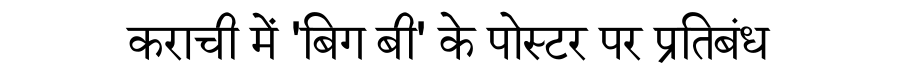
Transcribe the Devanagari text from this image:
कराची में 'बिग बी' के पोस्टर पर प्रतिबंध